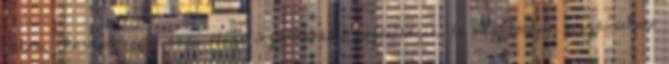
itthoni Pharaon-cégek nagy része ingatlanokkal foglalkozik, és meglehetősen kiszámítható